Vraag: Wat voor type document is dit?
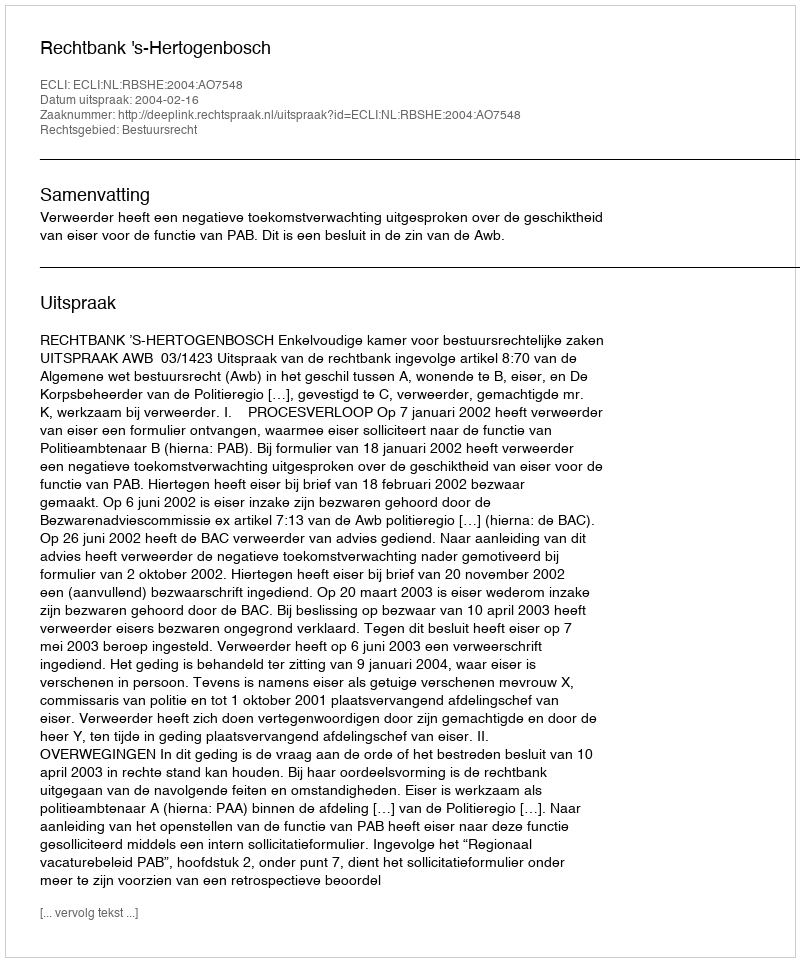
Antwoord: Uitspraak